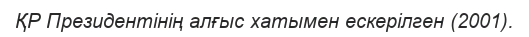
ҚР Президентінің алғыс хатымен ескерілген (2001).